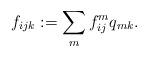
LaTeX: \begin{align*} f_{ijk}:=\sum_m f_{ij}^m q_{mk}. \end{align*}